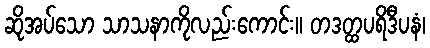
ဆိုအပ်သော သာသနာကိုလည်းကောင်း။ တဒတ္ထပရိဒီပနံ၊